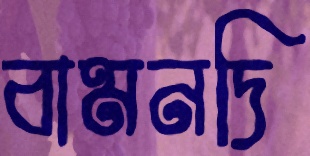
বামনদি